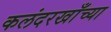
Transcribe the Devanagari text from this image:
कलंदरखाँच्या